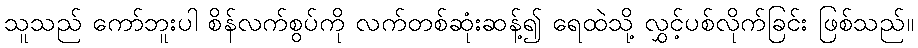
သူသည် ကော်ဘူးပါ စိန်လက်စွပ်ကို လက်တစ်ဆုံးဆန့်၍ ရေထဲသို့ လွှင့်ပစ်လိုက်ခြင်း ဖြစ်သည်။